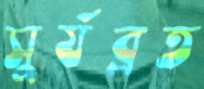
সুর্যব্রত